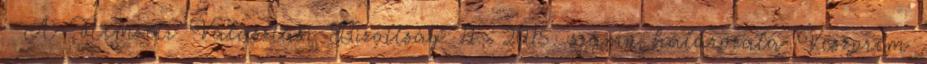
↑ A Nemzeti Választási Bizottság 11 2015. számú határozata Veszprém